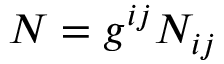
N = g ^ { i j } N _ { i j }